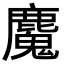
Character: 𮭺